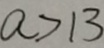
a > 1 3